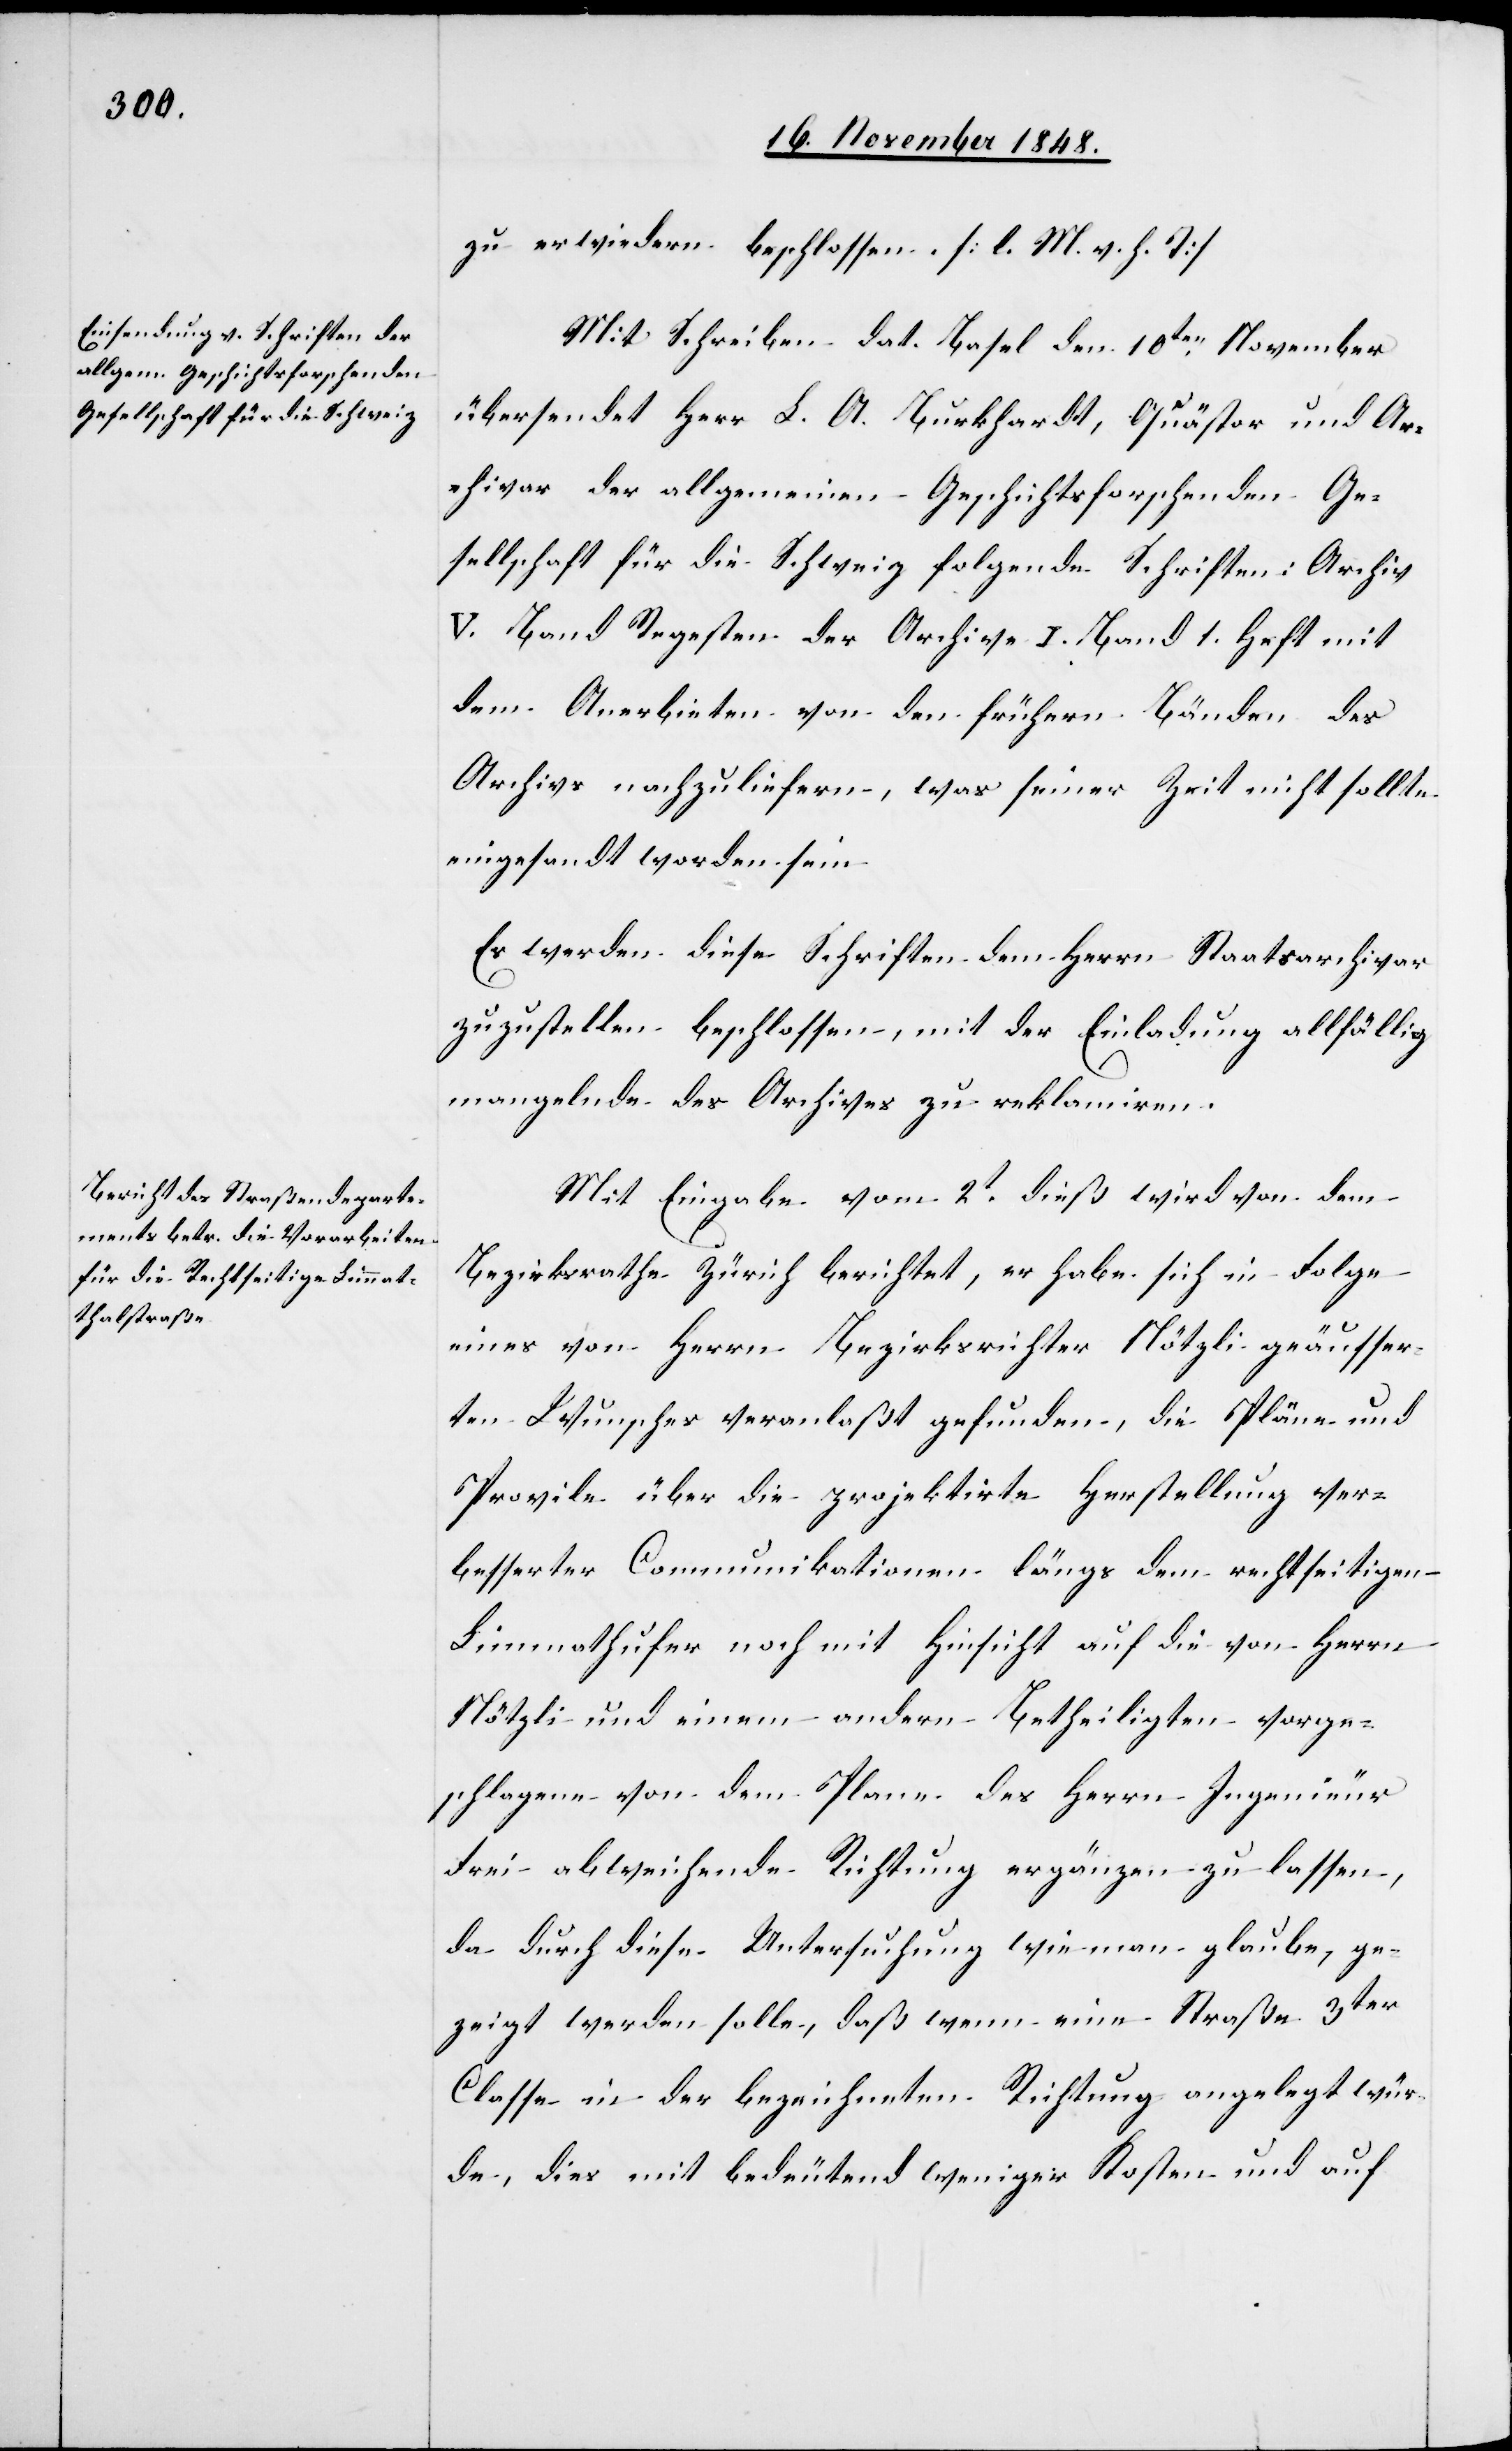
zu erwiedern beschlossen. [l. M. v. h. T]
Mit Schreiben dat. Basel den 10ten November
übersendet Herr L. A. Burkhardt, Quästor und Ar¬
chivar der allgemeinen Geschichtsforschenden Ge¬
sellschaft für die Schweiz folgende Schriften. Archiv
V. Band Regesten der Archive I. Band 1. Heft mit
dem Anerbieten von den frühern Bänden des
Archivs nachzuliefern, was seiner Zeit nicht sollte
eingesandt worden sein.
Es werden diese Schriften dem Herrn Staatsarchivar
zuzustellen beschlossen, mit der Einladung allfällig
mangelnde des Archives zu reklamiren.
Mit Eingabe vom 2t dieß wird von dem
Bezirksrathe Zürich berichtet, er habe sich in Folge
eines von Herrn Bezirksrichter Nötzli geäußer¬
ten Wunsches veranlaßt gefunden, die Pläne und
Provile über die projektirte Herstellung ver¬
besserter Communikationen längs dem rechtseitigen
Limmathufer noch mit Hinsicht auf die von Herrn
Nötzli und einem andern Betheiligten vorge¬
schlagene von dem Plane des Herrn Ingenieur
Frei abweichende Richtung ergänzen zu lassen,
da durch diese Untersuchung wie man glaube, ge¬
zeigt werden solle, daß wenn eine Straße 3ter
Classe in der bezeichneten Richtung angelegt wür¬
de, dies mit bedeutend weniger Kosten und auf